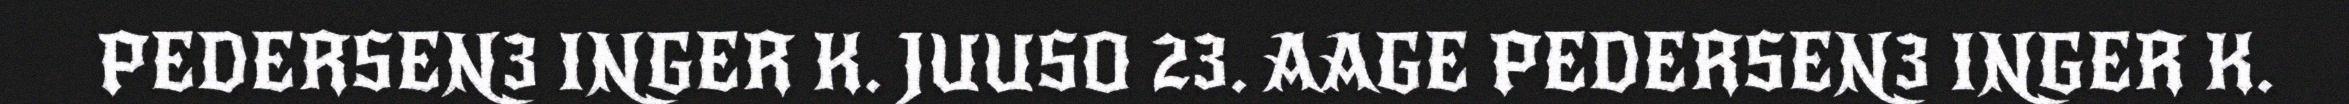
PEDERSEN3 INGER K. JUUSO 23. AAGE PEDERSEN3 INGER K.